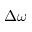
\Delta \omega